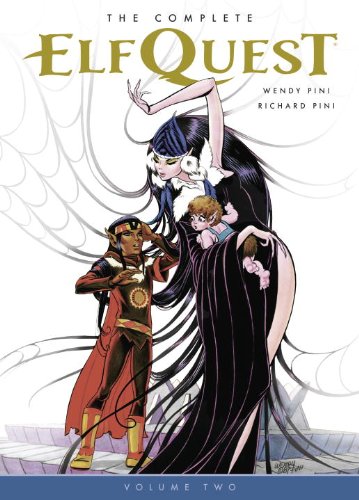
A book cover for The Complete Elfquest Volume 2; Wendy Pini; Comics & Graphic Novels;